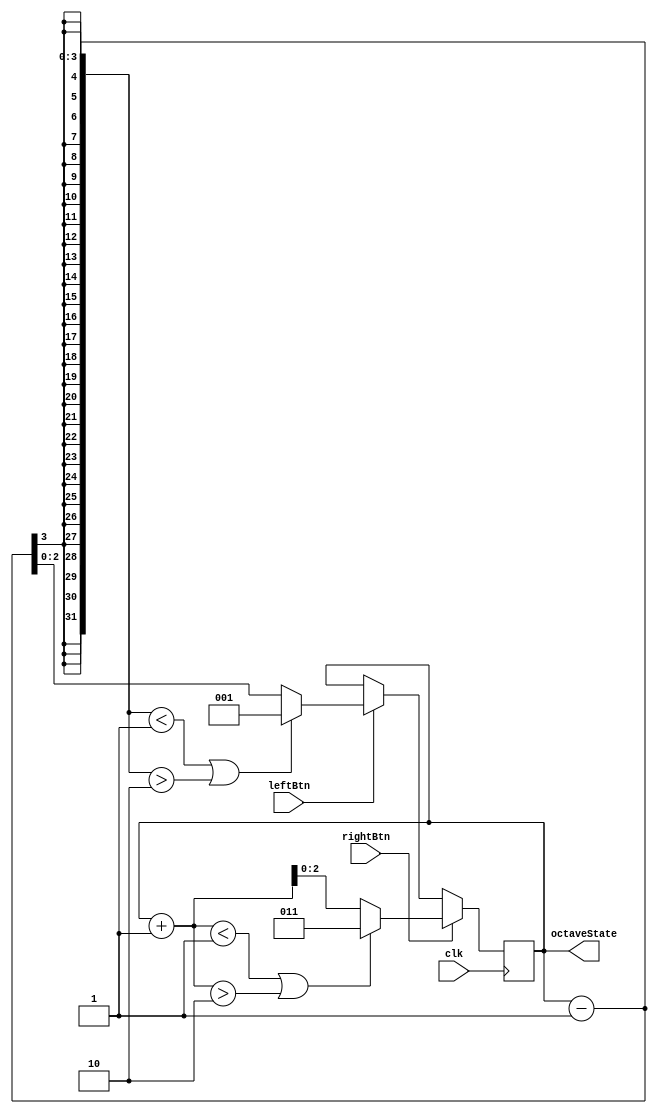
`timescale 1ns / 1ps
//////////////////////////////////////////////////////////////////////////////////
// Company: 
// Engineer: 
// 
// Design Name: 
// Module Name:    octaveStuff 
// Project Name: 
// Target Devices: 
// Tool versions: 
// Description: 
//
// Dependencies: 
//
// Revision: 
// Revision 0.01 - File Created
// Additional Comments: 
//
//////////////////////////////////////////////////////////////////////////////////
module octaveStuff(
	input leftBtn,
	input rightBtn,
	input clk,
	output [2:0] octaveState
    );
reg[2:0] temp=3'b001;
always @(posedge clk) begin
	if(rightBtn) begin
		
		if(temp+1<3'b001||temp+1>3'b010) begin
			temp<=3'b011;

		end
		else begin
			temp<=temp+1;

		end
	end

	else if(leftBtn) begin
		
		if(temp-1<3'b001||temp-1>3'b010) begin
			temp<=3'b001;
		end
			
		else begin
			temp<=temp-1;
		end
	end
	else begin
			temp<= temp;
	end
end
assign  octaveState = temp;
endmodule